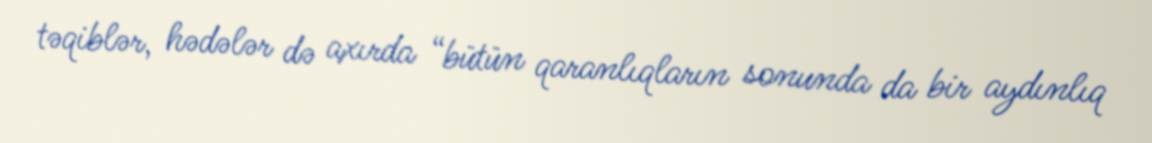
təqiblər, hədələr də axırda “bütün qaranlıqların sonunda da bir aydınlıq